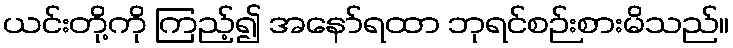
ယင်းတို့ကို ကြည့်၍ အနော်ရထာ ဘုရင်စဉ်းစားမိသည်။